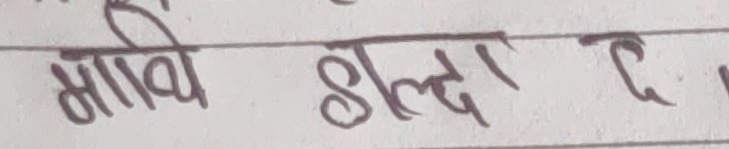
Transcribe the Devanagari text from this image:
माथि होल्दा र